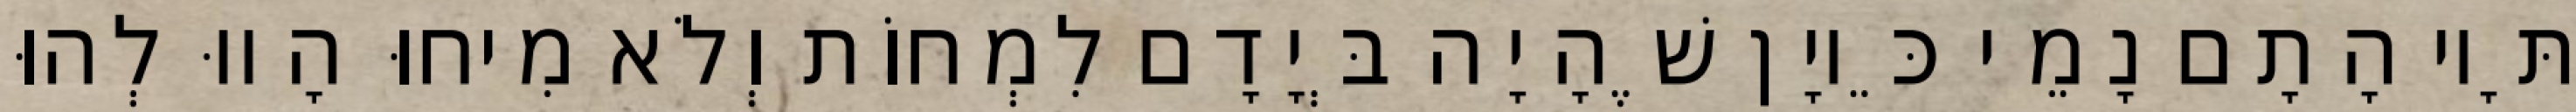
תָּיו הָתָם נָמֵי כֵּיוָן שֶׁהָיָה בְּיָדָם לִמְחוֹת וְלֹא מִיחוּ הָווּ לְהוּ